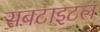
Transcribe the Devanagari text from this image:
सबटाइटल